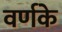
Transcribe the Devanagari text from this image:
वर्णके